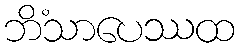
ဘိံသာပေဿထ